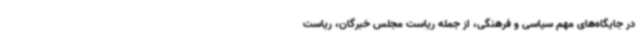
در جایگاه‌های مهم سیاسی و فرهنگی، از جمله ریاست مجلس خبرگان، ریاست